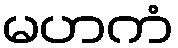
မဟကံ